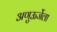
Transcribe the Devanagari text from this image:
अणुऊर्जेला